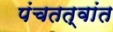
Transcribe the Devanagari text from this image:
पंचतत्वांत